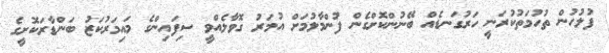
ފުލުހުން ތުހުމަތުކުރަނީ ހަރުގަނޑެއް ބޭނުންކޮށްގެން ފުންމާލުމަށް އުމަރު ގޮވާލެއްވީ ސިފައިންގެ މައިމަރުކަޒު ބަންޑާރަކޮށީގެ